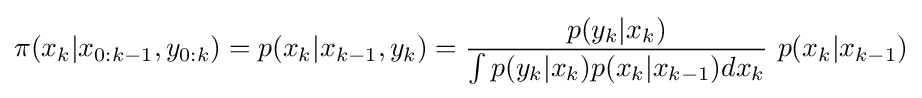
\pi (x_{k}|x_{0:k-1},y_{0:k})=p(x_{k}|x_{k-1},y_{k})={\frac {p(y_{k}|x_{k})}{\int p(y_{k}|x_{k})p(x_{k}|x_{k-1})dx_{k}}}~p(x_{k}|x_{k-1})